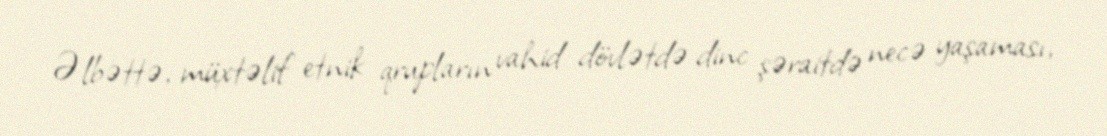
Əlbəttə, müxtəlif etnik qrupların vahid dövlətdə dinc şəraitdə necə yaşaması,